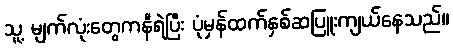
သူ့ မျက်လုံးတွေကနီရဲပြီး ပုံမှန်ထက်နှစ်ဆပြူးကျယ်နေသည်။